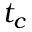
t _ { c }